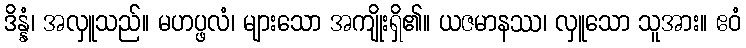
ဒိန္နံ၊ အလှူသည်။ မဟပ္ဖလံ၊ များသော အကျိုးရှိ၏။ ယဇမာနဿ၊ လှူသော သူအား။ ဧဝံ